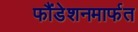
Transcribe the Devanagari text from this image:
फौंडेशनमार्फत